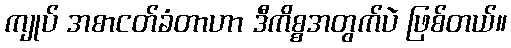
ကျုပ် အစာငတ်ခံတာဟာ ဒီကိစ္စအတွက်ပဲ ဖြစ်တယ်။